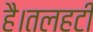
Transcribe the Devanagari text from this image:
है।तलहटी